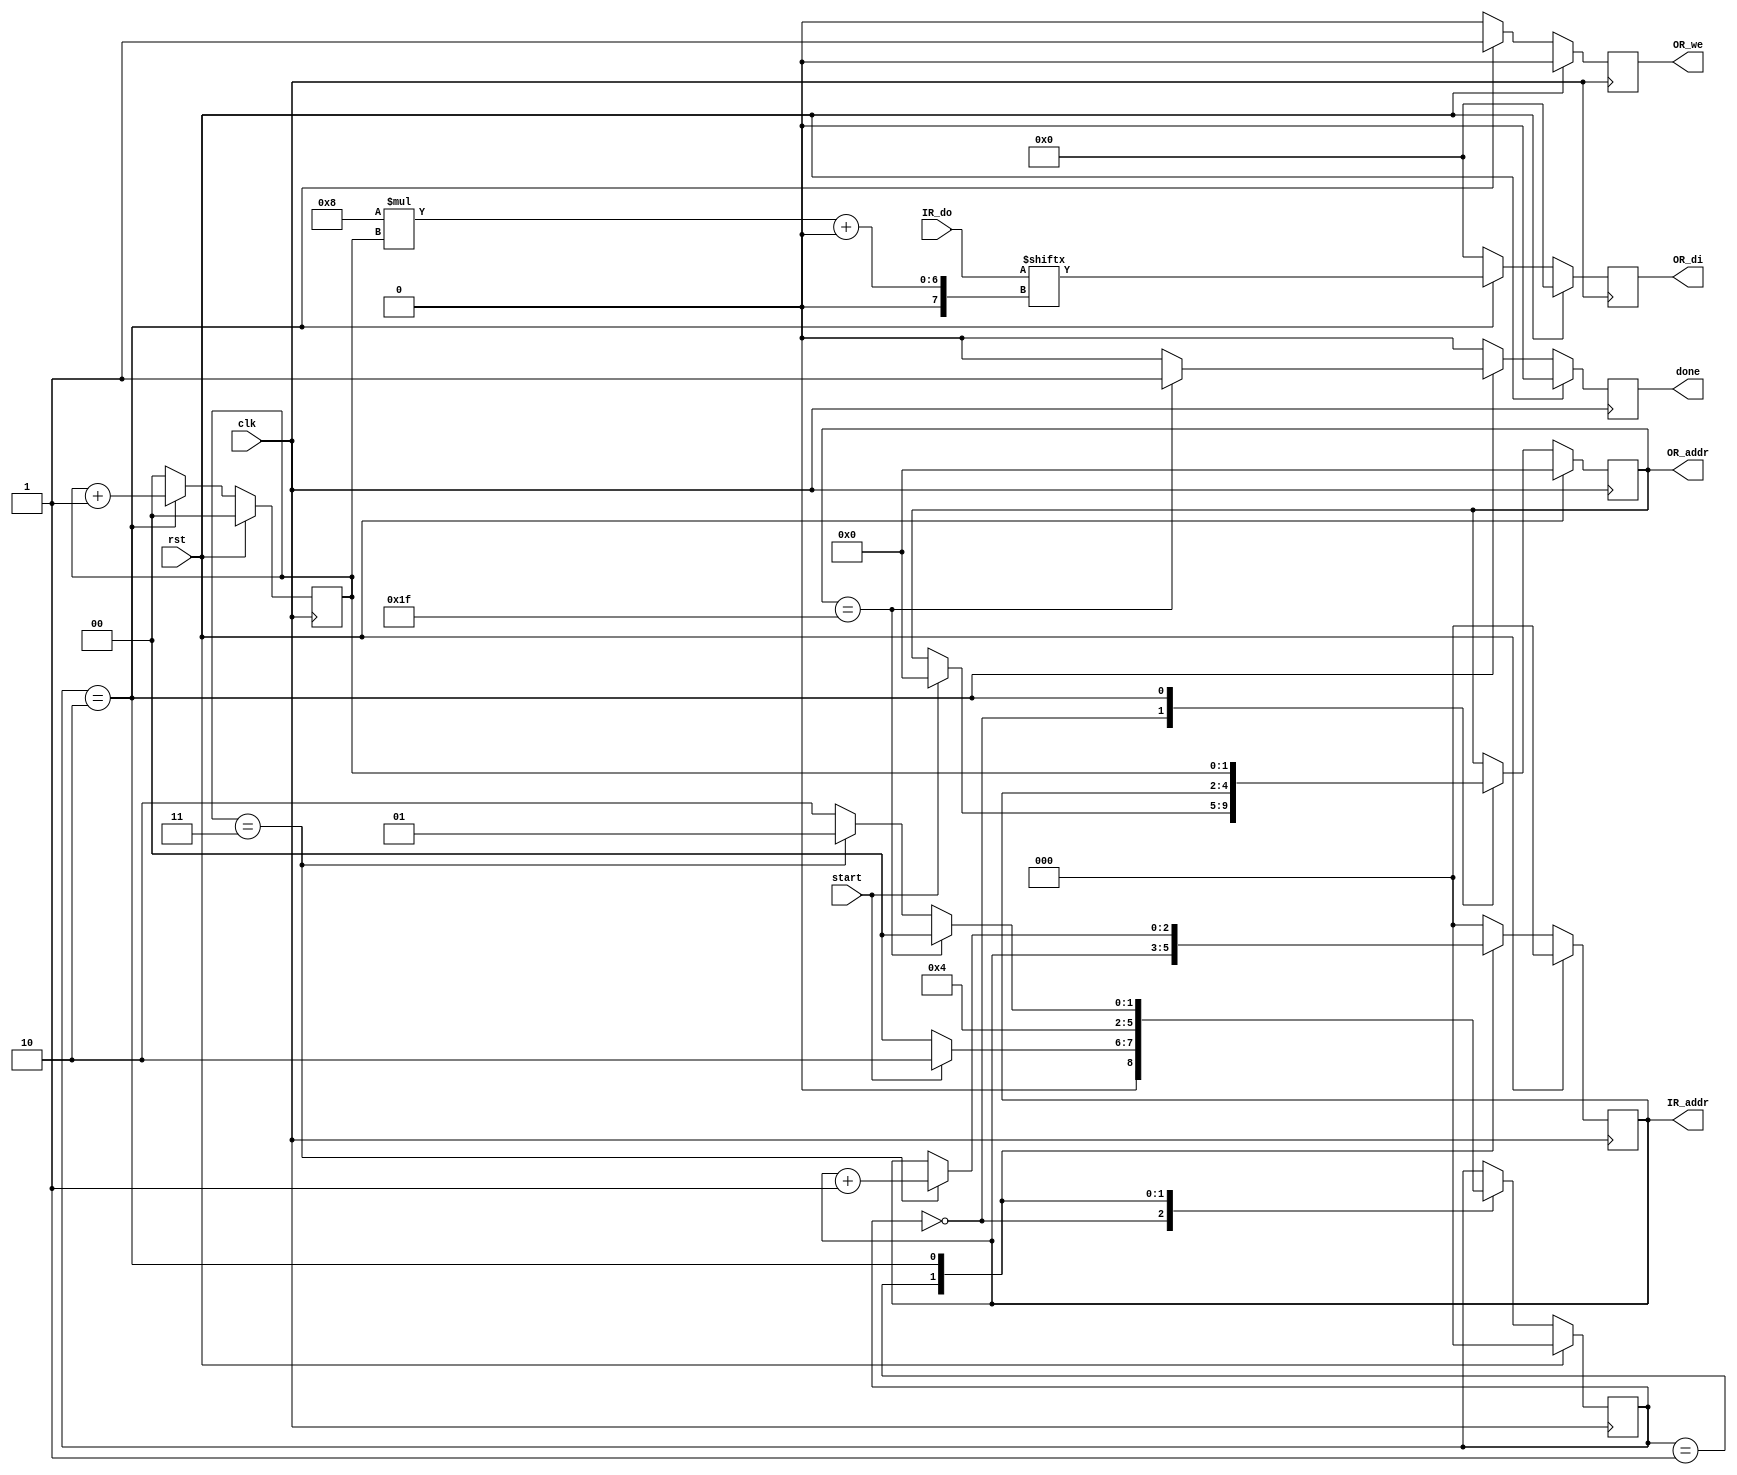
`timescale 1ns / 1ps
//////////////////////////////////////////////////////////////////////////////////
// Company: 
// Engineer: 
// 
// Design Name: 
// Module Name: seed_mover
// Project Name: 
// Target Devices: 
// Tool Versions: 
// Description: 
// 
// Dependencies: 
// 
// Revision:
// Revision 0.01 - File Created
// Additional Comments:
// 
//////////////////////////////////////////////////////////////////////////////////


module seed_mover(
    // basic inputs
    input clk,
    input rst,
    // control inputs
    input start,
    output reg done = 0,
    // input RAM signals
    output reg [2:0] IR_addr = 0,
    input [31:0] IR_do,
    // output RAM signals
    output reg [4:0] OR_addr = 0,
    output reg [7:0] OR_di,
    output reg OR_we
    );
    
    localparam
        HOLD  = 2'd0,
        LOAD  = 2'd1,
        STORE = 2'd2;
    reg [2:0] state, state_next;
    
    reg [1:0] ctr;
    
        // combinational state logic
    always @(*) begin
        state_next = state;
    
        case (state) 
        HOLD: begin
            state_next = (start == 1'b1) ? STORE : HOLD;
        end
        LOAD: begin
            state_next = STORE;
        end
        STORE: begin
            state_next = (OR_addr == 31) ? HOLD
                            : (ctr == 2'b11) ? LOAD : STORE;
        end      
        endcase
    end
    
    // sequential state logic
    always @(posedge clk) begin
        state <= (rst) ? HOLD : state_next;
    end
    
    // sequential output logic
    always @(posedge clk) begin
        // defaults
        done    <= 1'b0;
        ctr     <= 0;
        
        // input RAM signals
        IR_addr <= 0;
        // output RAM signals
        OR_di <= 0;
        OR_we <= 0;
        
        if (rst == 1'b1) begin
            OR_addr <= 0;
            IR_addr <= 0;
        end else begin
            case (state) 
            HOLD: begin
                if (start) begin
                    OR_addr <= 0;
                    IR_addr <= 0;
                end
            end
            LOAD: begin
                IR_addr <= IR_addr;
            end
            STORE: begin
                IR_addr <= IR_addr;
                
                ctr <= ctr + 1;
                OR_we <= 1'b1;
                OR_di <= IR_do[8*ctr+:8];
                OR_addr <= {IR_addr, ctr};
                
                if (ctr == 2'b11)
                    IR_addr <= IR_addr + 1;
                
                if (OR_addr == 31)
                    done <= 1'd1;
            end        
            endcase
        end
    end
    
    
endmodule